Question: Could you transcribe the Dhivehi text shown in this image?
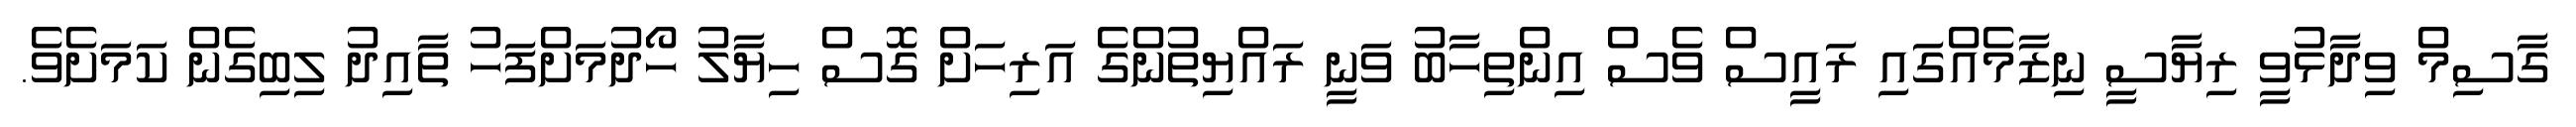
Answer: ގާސިމް ވިދާޅުވީ ރިޔާސީ ނިޒާމެއްގައި ރައީސް ވެސް އިންތިހާބު ވަނީ ރައްޔިތުންގެ އަރިހަށް ގޮސް ހިޔާލު ހޯދުމަށްފަހު ތާއިދު ލިބިގެން ކަމަށެވެ.